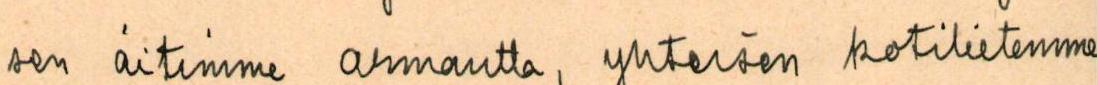
sen äitimme armautta, yhteisen kotilietemme